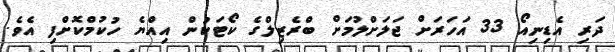
ދަރި އެޑިނިއޯ 33 އަހަރަށް ޖަލަށްލުމަށް ބްރެޒިލްގެ ކޯޓަކުން އިއްޔެ ހުކުމްކޮށްފި އެވެ.